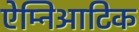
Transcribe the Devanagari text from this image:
ऐम्निआटिक